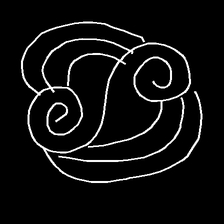
Glyph: wind-underfoot